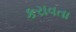
કરાવતા